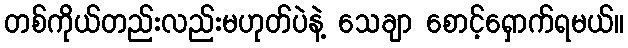
တစ်ကိုယ်တည်းလည်းမဟုတ်ပဲနဲ့ သေချာ စောင့်ရှောက်ရမယ်။